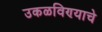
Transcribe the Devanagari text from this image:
उकळविण्याचे